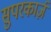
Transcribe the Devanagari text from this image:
सुपरकार्ज़